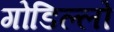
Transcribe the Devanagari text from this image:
गोडिल्लो